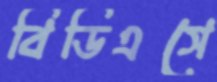
বিডিএসে